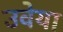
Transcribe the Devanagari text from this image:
उवेया